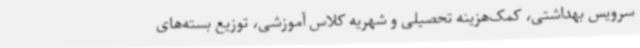
سرویس بهداشتی، کمک‌هزینه تحصیلی و شهریه کلاس آموزشی، توزیع بسته‌های